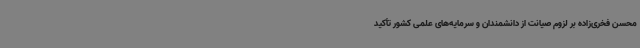
محسن فخری‌زاده بر لزوم صیانت از دانشمندان و سرمایه‌های علمی کشور تأکید